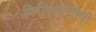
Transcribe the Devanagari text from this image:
फिजियोथिरैपी